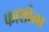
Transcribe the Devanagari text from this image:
फाशीला